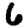
Digit: 6